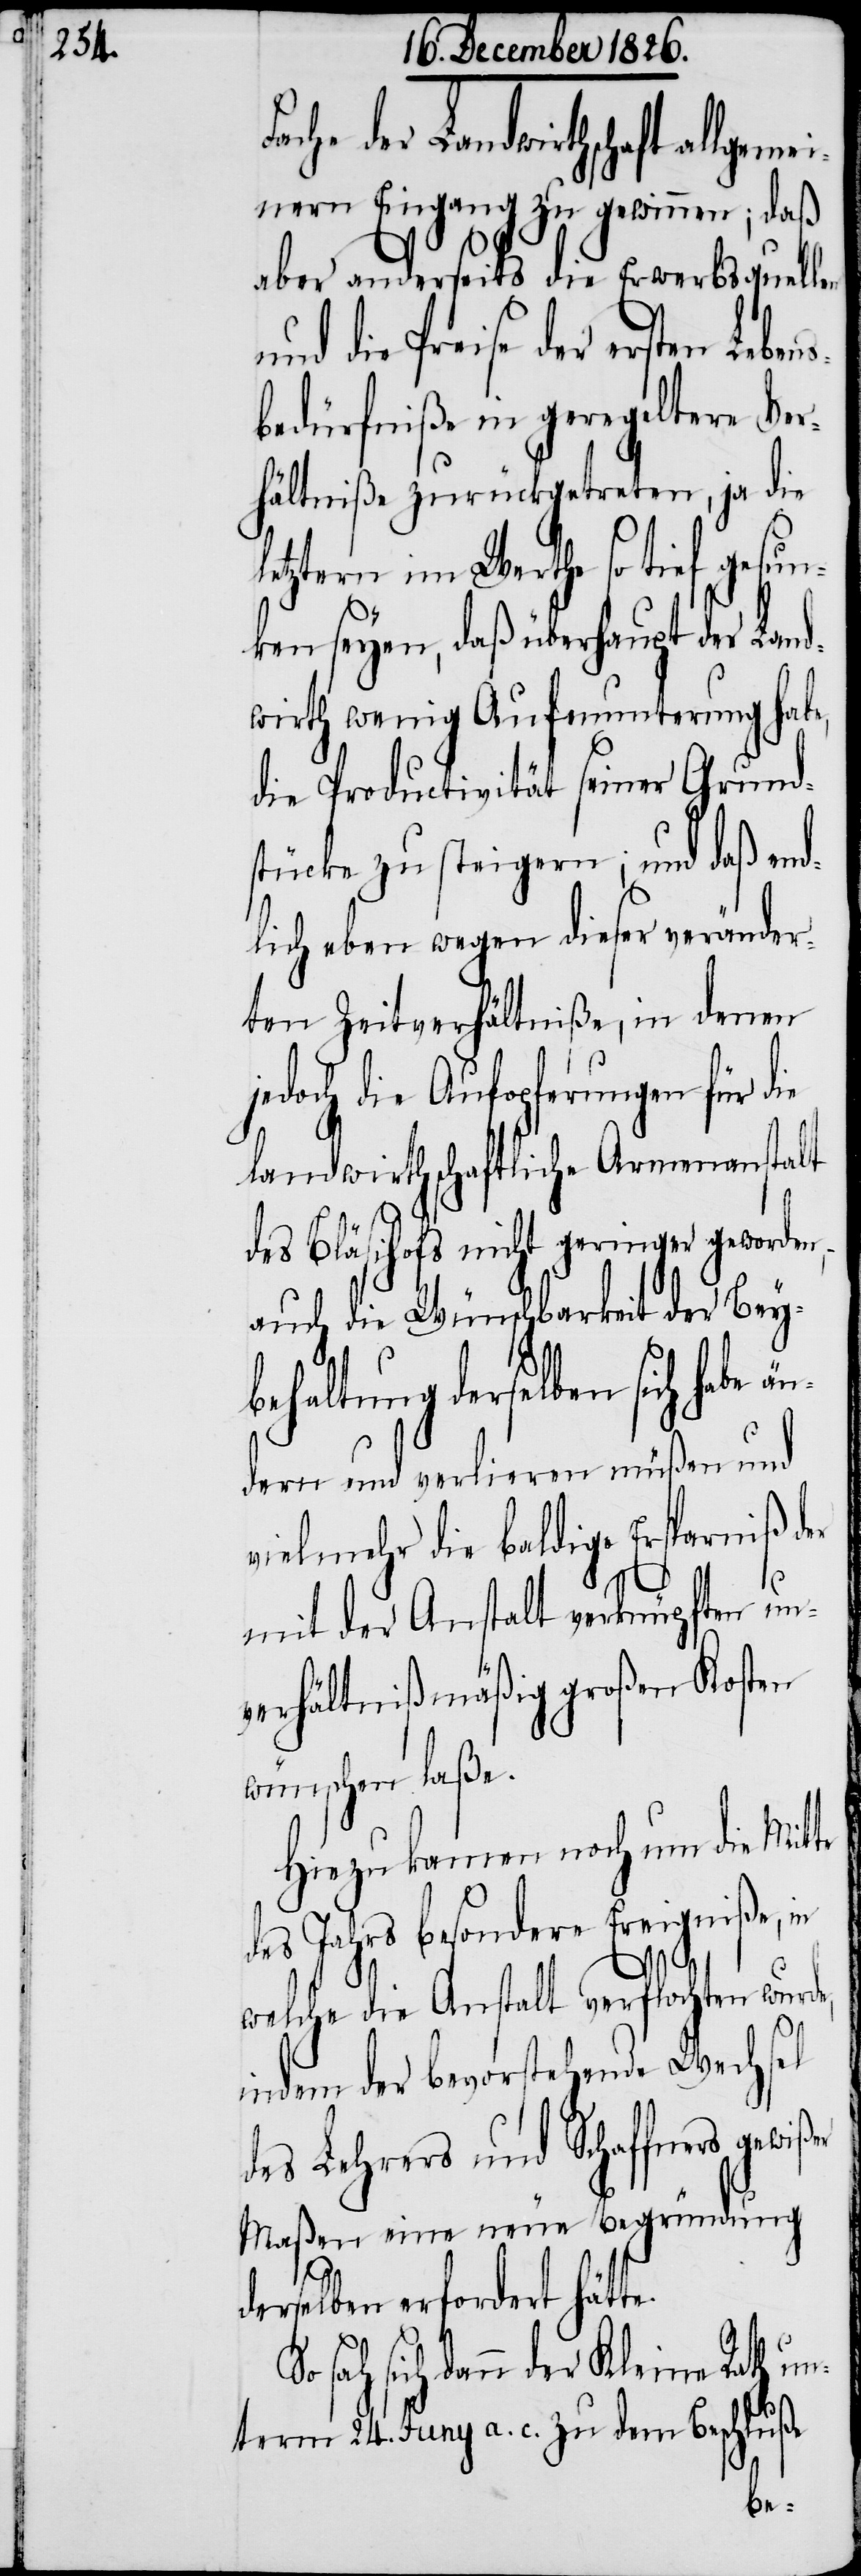
Fache der Landwirthschaft allgeme¬
inern Eingang zu gewinnen; daß
aber anderseits die Erwerbsquellen
und die Preise der ersten Lebens¬
bedürfniße in geregeltere Ver¬
hältniße zurückgetreten, ja die
letztern im Werthe so tief gesun¬
ken seyen, daß überhaupt der Land¬
wirth wenig Aufmunterung habe,
die Productivität seiner Grund¬
stücke zu steigern; und daß end¬
lich eben wegen dieser veränder¬
ten Zeitverhältniße, in denen
jedoch die Aufopferungen für die
landwirthschaftliche Armenanstalt
des Bläsihofs nicht geringer geworden,
auch die Wünschbarkeit der Beyb¬
ehaltung derselben sich habe
dern und verlieren müßen und
vielmehr die baldige Ersparniß der
mit der Anstalt verknüpften un¬
verhältnißmäßig großen Kosten
wünschen laße.
Hiezu kamen noch um die Mitte
des Jahres besondere Ereigniße, in
welche die Anstalt verflochten wurde,
indem der bevorstehende Wechsel
des Lehrers und Schaffners gewiß¬
Maßen eine neue Begründung
sah
So
derselben erfordert hätt¬
sich dann der Kleine Rath un¬
term 24. Juny a. c. zu dem Beschluße